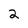
Character: 2